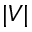
| V |